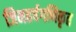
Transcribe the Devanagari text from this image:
जिनहर्षगणिकृत